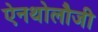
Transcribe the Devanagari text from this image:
ऐनथोलौजी